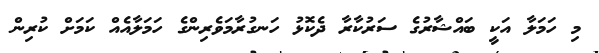
މި ހަމަލާ އަކީ ބައްޝާރުގެ ސަރުކާރާ ދެކޮޅު ހަނގުރާމަވެރިންގެ ހަމަލާއެއް ކަމަށް ކުރިން